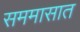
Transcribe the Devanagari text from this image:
सममासात